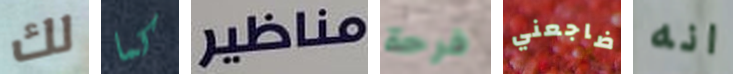
لك كما مناظير فرحة ضاجعني انه